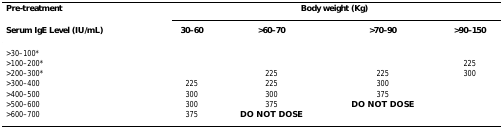
<table><thead><tr><td><b>Pre-treatment</b></td><td colspan="4"><b>Body weight (Kg)</b></td></tr><tr><td><b>Serum IgE Level (IU/mL)</b></td><td><b>30–60</b></td><td><b>&gt;60–70</b></td><td><b>&gt;70–90</b></td><td><b>&gt;90–150</b></td></tr></thead><tbody><tr><td>&gt;30–100*</td><td></td><td></td><td></td><td></td></tr><tr><td>&gt;100–200*</td><td></td><td></td><td></td><td>225</td></tr><tr><td>&gt;200–300*</td><td></td><td>225</td><td>225</td><td>300</td></tr><tr><td>&gt;300–400</td><td>225</td><td>225</td><td>300</td><td></td></tr><tr><td>&gt;400–500</td><td>300</td><td>300</td><td>375</td><td></td></tr><tr><td>&gt;500–600</td><td>300</td><td>375</td><td><b>DO NOT DOSE</b></td><td></td></tr><tr><td>&gt;600–700</td><td>375</td><td><b>DO NOT DOSE</b></td><td></td><td></td></tr></tbody></table>